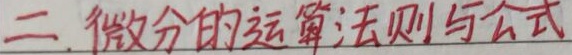
二. 微分的运算法则与公式